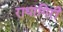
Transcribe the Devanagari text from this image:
राधागिरी